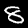
Label: 8